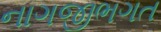
નાગજીભગત